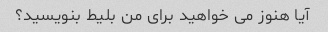
آیا هنوز می خواهید برای من بلیط بنویسید؟